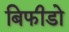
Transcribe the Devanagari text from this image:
बिफीडो